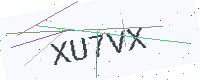
Text: XU7VX